Annual vaccination report of Bihar and Orissa - 1911-1928
Year: 1911
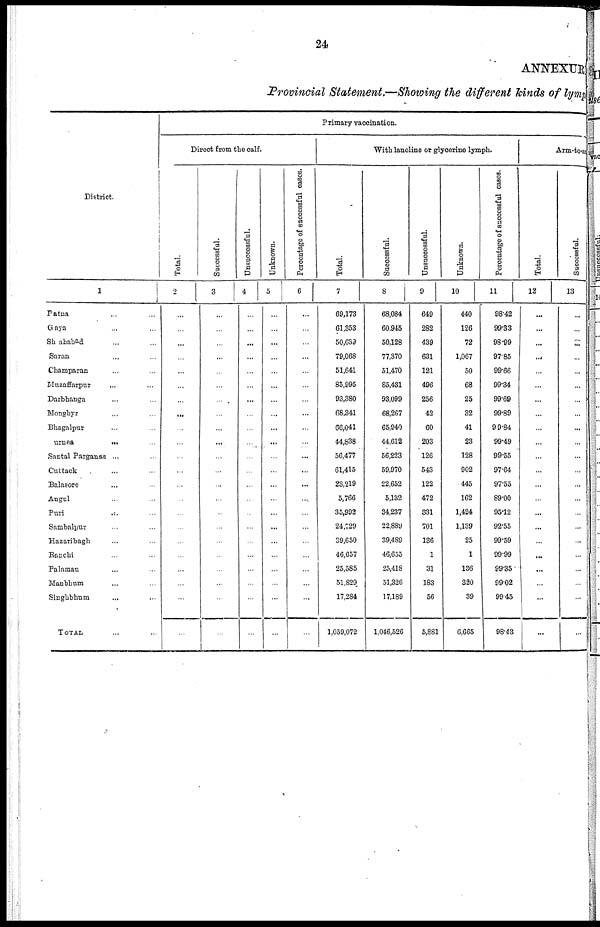
24
ANNEXURE
Provincial Statement.—Showing the different kinds of lymph
District.
1
Patna ... ...
Gaya ... ...
Shahabad ... ...
Saran ... ...
Champaran ... ...
Muzaffarpur ... ...
Darbbanga ... ...
Monghyr ... ...
Bhagalpur ... ...
uruea
...
...
Santal Parganas ...
Cuttack ... ...
Balasore ... ...
Angul ... ...
Puri
...
...
Sambalpur ... ...
Hazatibagh ... ...
Ranchi ... ...
Palamau ... ...
Manbhum ... ...
Singhbhum ... ...
TOTAL ...
Primary vaccination.
Direct from the calf.
Total.
2
...
...
...
...
...
...
...
...
...
...
...
...
...
...
...
...
...
...
...
...
...
...
Successful.
3
...
...
...
...
...
...
...
...
...
...
...
...
...
...
...
...
...
...
...
...
...
...
Unsuccessful.
4
...
...
...
...
...
...
...
...
...
...
...
...
...
...
...
...
...
...
...
...
...
...
Unknown.
5
...
...
...
...
...
...
...
...
...
...
...
...
...
...
...
...
...
...
...
...
...
...
Percentage of successful cases.
6
...
...
...
...
...
...
...
...
...
...
...
...
...
...
...
...
...
...
...
...
...
...
With lanoline or glycerine lymph.
Total.
7
69,173
61,353
50,639
79,068
51,641
85,995
93,380
68,341
66,041
44,838
56,477
61,415
23,219
5,766
35,992
24,729
39,650
46,657
25,585
51,829
17,284
1,059,072
Successful.
8
68,084
60,945
50,128
77,370
51,470
85,431
93,099
68,267
65,940
44,612
56,223
59,970
22,652
5432
34,237
22,889
39,489
46,655
25,418
51,326
17,189
1,046,526
Unsuccessful.
9
649
282
439
631
121
496
256
42
60
203
126
543
122
472
331
701
136
1
31
183
56
5,881
Unknown.
10
440
126
72
1,067
50
68
25
32
41
23
128
902
445
162
1,424
1,139
25
1
136
320
39
6,665
Percentage of successful cases.
11
98.42
99.33
98.99
97.85
99.66
99.34
99.69
99.89
99.84
99.49
99.55
97.64
97.55
89.00
95.12
92.55
99.59
99.99
99.35
99.02
99.45
98.43
Arm-to-ar
Total.
12
...
...
...
...
...
...
...
...
...
...
...
...
...
...
...
...
...
...
...
...
...
...
Successful.
13
...
...
...
...
...
...
...
...
...
...
...
...
...
...
...
...
...
...
...
...
...
...